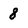
Character: 8